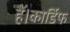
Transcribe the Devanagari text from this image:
हैं।कार्डिफ